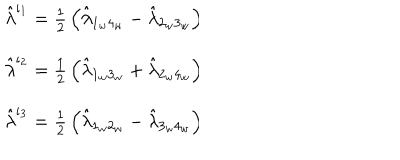
\begin{array} { l } { { \hat { \lambda } ^ { \iota _ { 1 } } = { \frac { 1 } { 2 } } \left( \hat { \lambda } _ { 1 _ { w } 4 _ { w } } - \hat { \lambda } _ { 2 _ { w } 3 _ { w } } \right) } } \\ { { \hat { \lambda } ^ { \iota _ { 2 } } = { \frac { 1 } { 2 } } \left( \hat { \lambda } _ { 1 _ { w } 3 _ { w } } + \hat { \lambda } _ { 2 _ { w } 4 _ { w } } \right) } } \\ { { \hat { \lambda } ^ { \iota _ { 3 } } = { \frac { 1 } { 2 } } \left( \hat { \lambda } _ { 1 _ { w } 2 _ { w } } - \hat { \lambda } _ { 3 _ { w } 4 _ { w } } \right) } } \\ \end{array} \hspace { 5 . 9 c m }